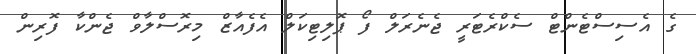
ގެ އެސިސްޓެންޓް ސެކްރެޓަރީ ޖެނެރަލް ފޯ ޕޮލިޓިކަލް އެފެއާޒް މިރޮސްލާވް ޖެންކާ ފޮރިން